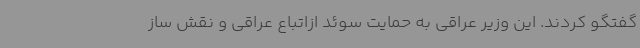
گفتگو کردند. این وزیر عراقی به حمایت سوئد ازاتباع عراقی و نقش ساز